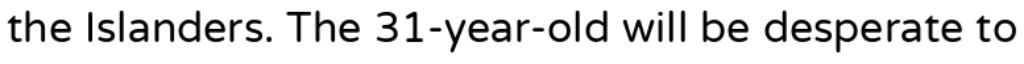
the Islanders. The 31-year-old will be desperate to